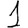
Digit: 1